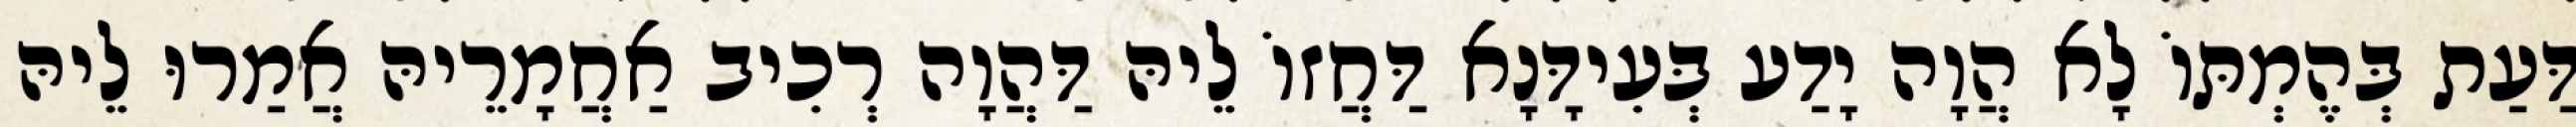
דַּעַת בְּהֶמְתּוֹ לָא הֲוָה יָדַע בְּעִידָּנָא דַּחֲזוֹ לֵיהּ דַּהֲוָה רְכִיב אַחֲמָרֵיהּ אֲמַרוּ לֵיהּ